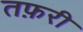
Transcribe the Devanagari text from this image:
तफ़री